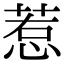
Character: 惹